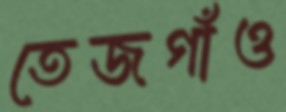
তেজগাঁও